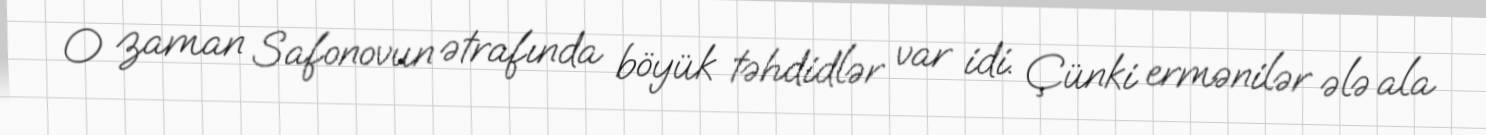
O zaman Safonovun ətrafında böyük təhdidlər var idi. Çünki ermənilər ələ ala